Document type: Sale
Year: 1355
Scribe: Pere Borrell
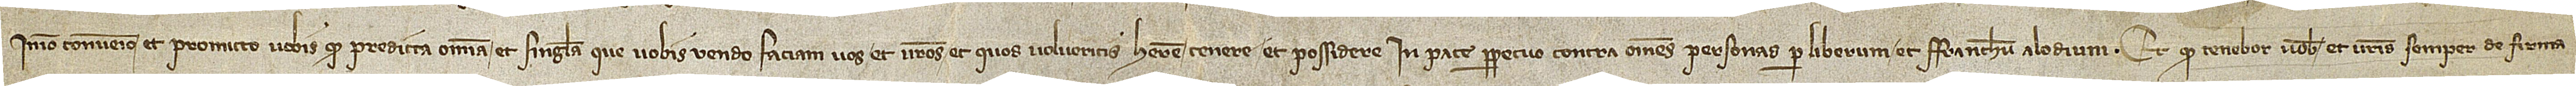
Immo convenio et promitto vobis quod predicta omnia et singula que vobis vendo faciam vos et vestros et quos volueritis habere, tenere et possidere in pace perpetuo contra omnes personas per liberum et franchum alodium; et quod tenebor vobis et vestris semper de firma